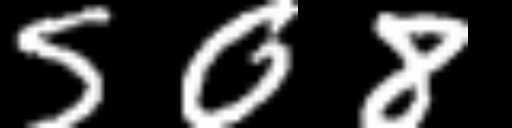
Text: 508